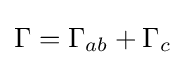
\Gamma =\Gamma _{ab}+\Gamma _{c}